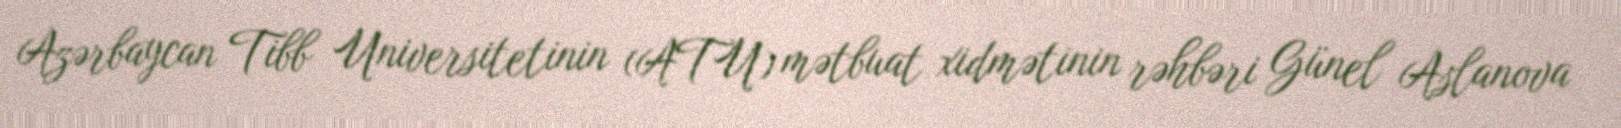
Azərbaycan Tibb Universitetinin (ATU) mətbuat xidmətinin rəhbəri Günel Aslanova